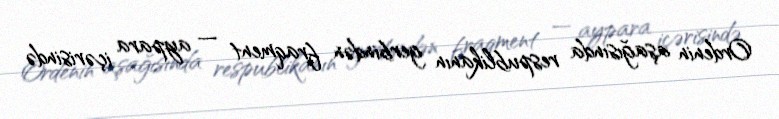
Ordenin aşağısında respublikanın gerbindən fraqment — aypara içərisində